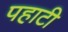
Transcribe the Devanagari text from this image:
पहाटी